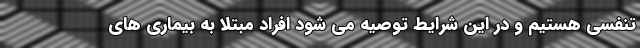
تنفسی هستیم و در این شرایط توصیه می شود افراد مبتلا به بیماری های